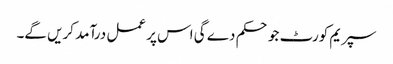
سپریم کورٹ جو حکم دے گی اس پر عمل درآمد کریں گے۔